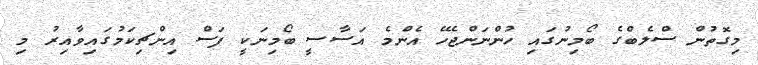
މިގޮތުން ސްލެބްގެ ބޯމިނުގައި ހުންނަންޖެހޭ އެންމެ އަސާސީ ބޯމިނަކީ ފަސް އިންޗިކަމުގައިވާއިރު މި